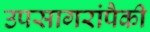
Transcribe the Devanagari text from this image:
उपसागरांपैकी